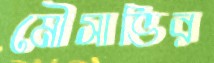
মৌসাভির